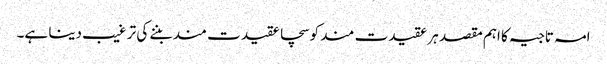
امہ تاجیہ کا اہم مقصد ہر عقیدت مند کو سچا عقیدت مند بننے کی تر غیب دینا ہے۔